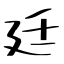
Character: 廷